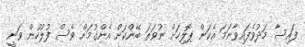
ފައިސާ މަދުވެފައިވާނަމަ އެކަން ޕޮލިހަށް ނުވަތަ ބޭންކަށް އެންގުމަށް ވެސް ފުލުހުން ވަނީ